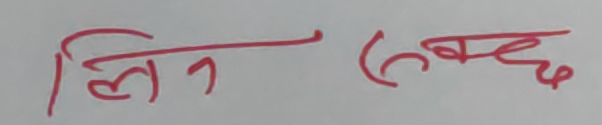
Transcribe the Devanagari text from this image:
लिन सक्दछ